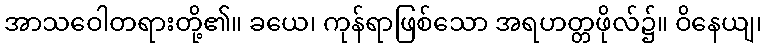
အာသဝေါတရားတို့၏။ ခယေ၊ ကုန်ရာဖြစ်သော အရဟတ္တဖိုလ်၌။ ဝိနေယျ၊